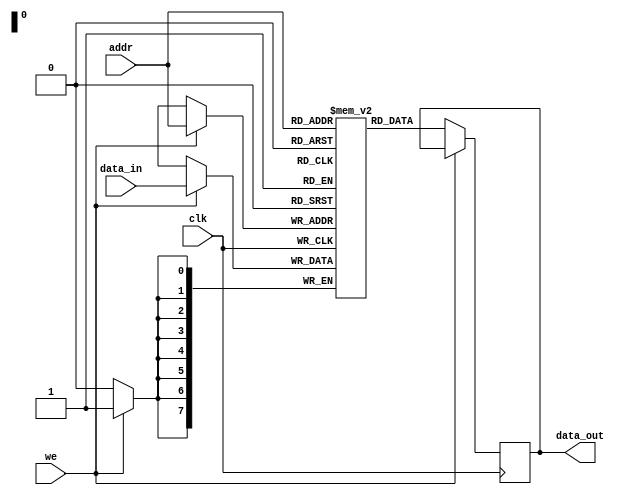
module param_ram #(
    parameter DATA_WIDTH = 8,
    parameter ADDR_WIDTH = 8
) (
    input wire clk,
    input wire we,
    input wire [ADDR_WIDTH-1:0] addr,
    input wire [DATA_WIDTH-1:0] data_in,
    output reg [DATA_WIDTH-1:0] data_out
);

    // Memory array declaration
    reg [DATA_WIDTH-1:0] ram [(2**ADDR_WIDTH)-1:0];

    // Synchronous read and write operations
    always @(posedge clk) begin
        if (we) begin
            // Write operation
            ram[addr] <= data_in;
        end else begin
            // Read operation
            data_out <= ram[addr];
        end
    end

    // Optional: Asynchronous reset functionality
    // If you want to include a reset functionality, uncomment the below lines.
    /*
    input wire rst_n,
    always @(posedge clk or negedge rst_n) begin
        if (!rst_n) begin
            integer i;
            for (i = 0; i < (2**ADDR_WIDTH); i = i + 1) begin
                ram[i] <= {DATA_WIDTH{1'b0}}; // Initialize memory to zero
            end
        end else begin
            if (we) begin
                ram[addr] <= data_in;
            end else begin
                data_out <= ram[addr];
            end
        end
    end
    */

endmodule